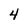
Character: 4